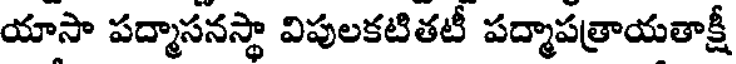
యాసా పద్మాసనస్థా విపులకటితటీ పద్మాపత్రాయతాక్షీ